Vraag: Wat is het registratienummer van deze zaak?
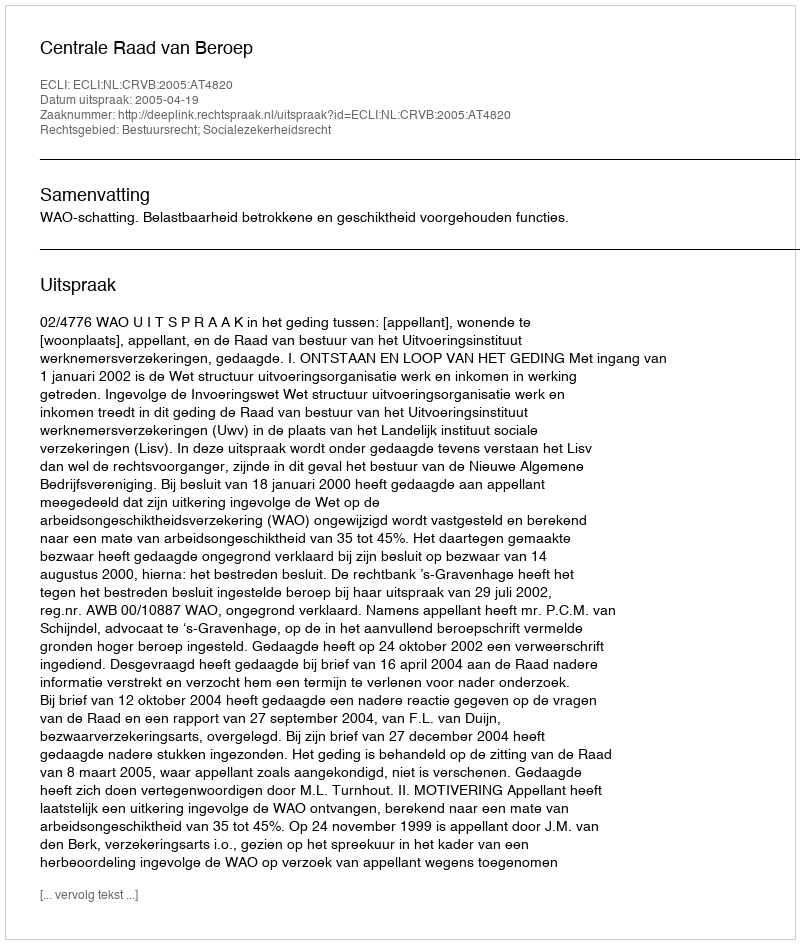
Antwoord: http://deeplink.rechtspraak.nl/uitspraak?id=ECLI:NL:CRVB:2005:AT4820